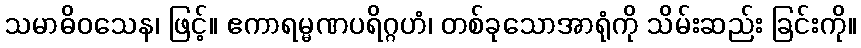
သမာဓိဝသေန၊ ဖြင့်။ ဧကာရမ္မဏပရိဂ္ဂဟံ၊ တစ်ခုသောအာရုံကို သိမ်းဆည်း ခြင်းကို။